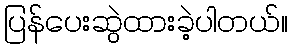
ပြန်ပေးဆွဲထားခဲ့ပါတယ်။